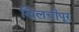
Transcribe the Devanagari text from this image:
खिलचीपूर